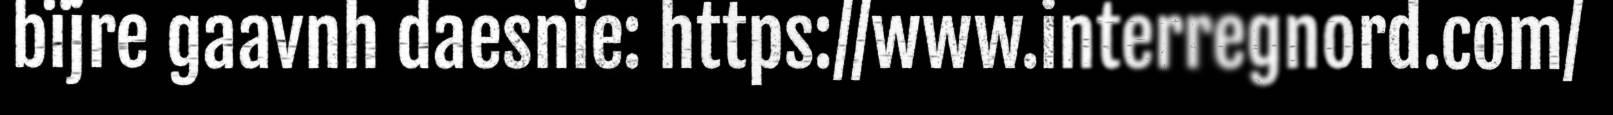
bïjre gaavnh daesnie: https://www.interregnord.com/